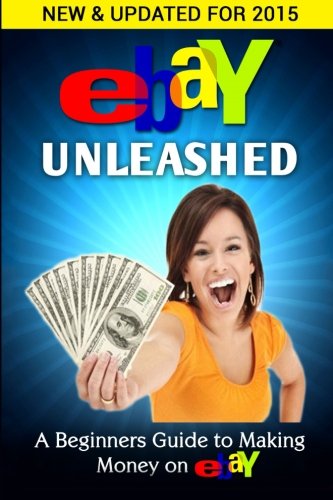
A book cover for eBay Unleashed: A Beginners Guide To Selling On eBay; Nick Vulich; Computers & Technology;